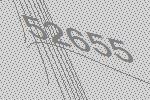
52655